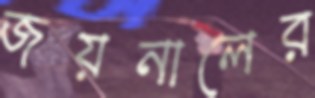
জয়নালের